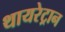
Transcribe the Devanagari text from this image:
थायरेट्रान